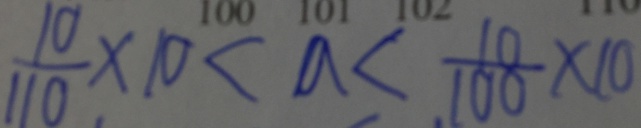
\frac { 1 0 } { 1 1 0 } \times 1 0 < a < \frac { 1 0 } { 1 0 0 } \times 1 0